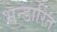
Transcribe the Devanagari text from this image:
भन्‍डारित